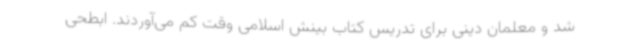
شد و معلمان دینی برای تدریس کتاب بینش اسلامی وقت کم می‌آوردند. ابطحی